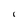
Character: 1